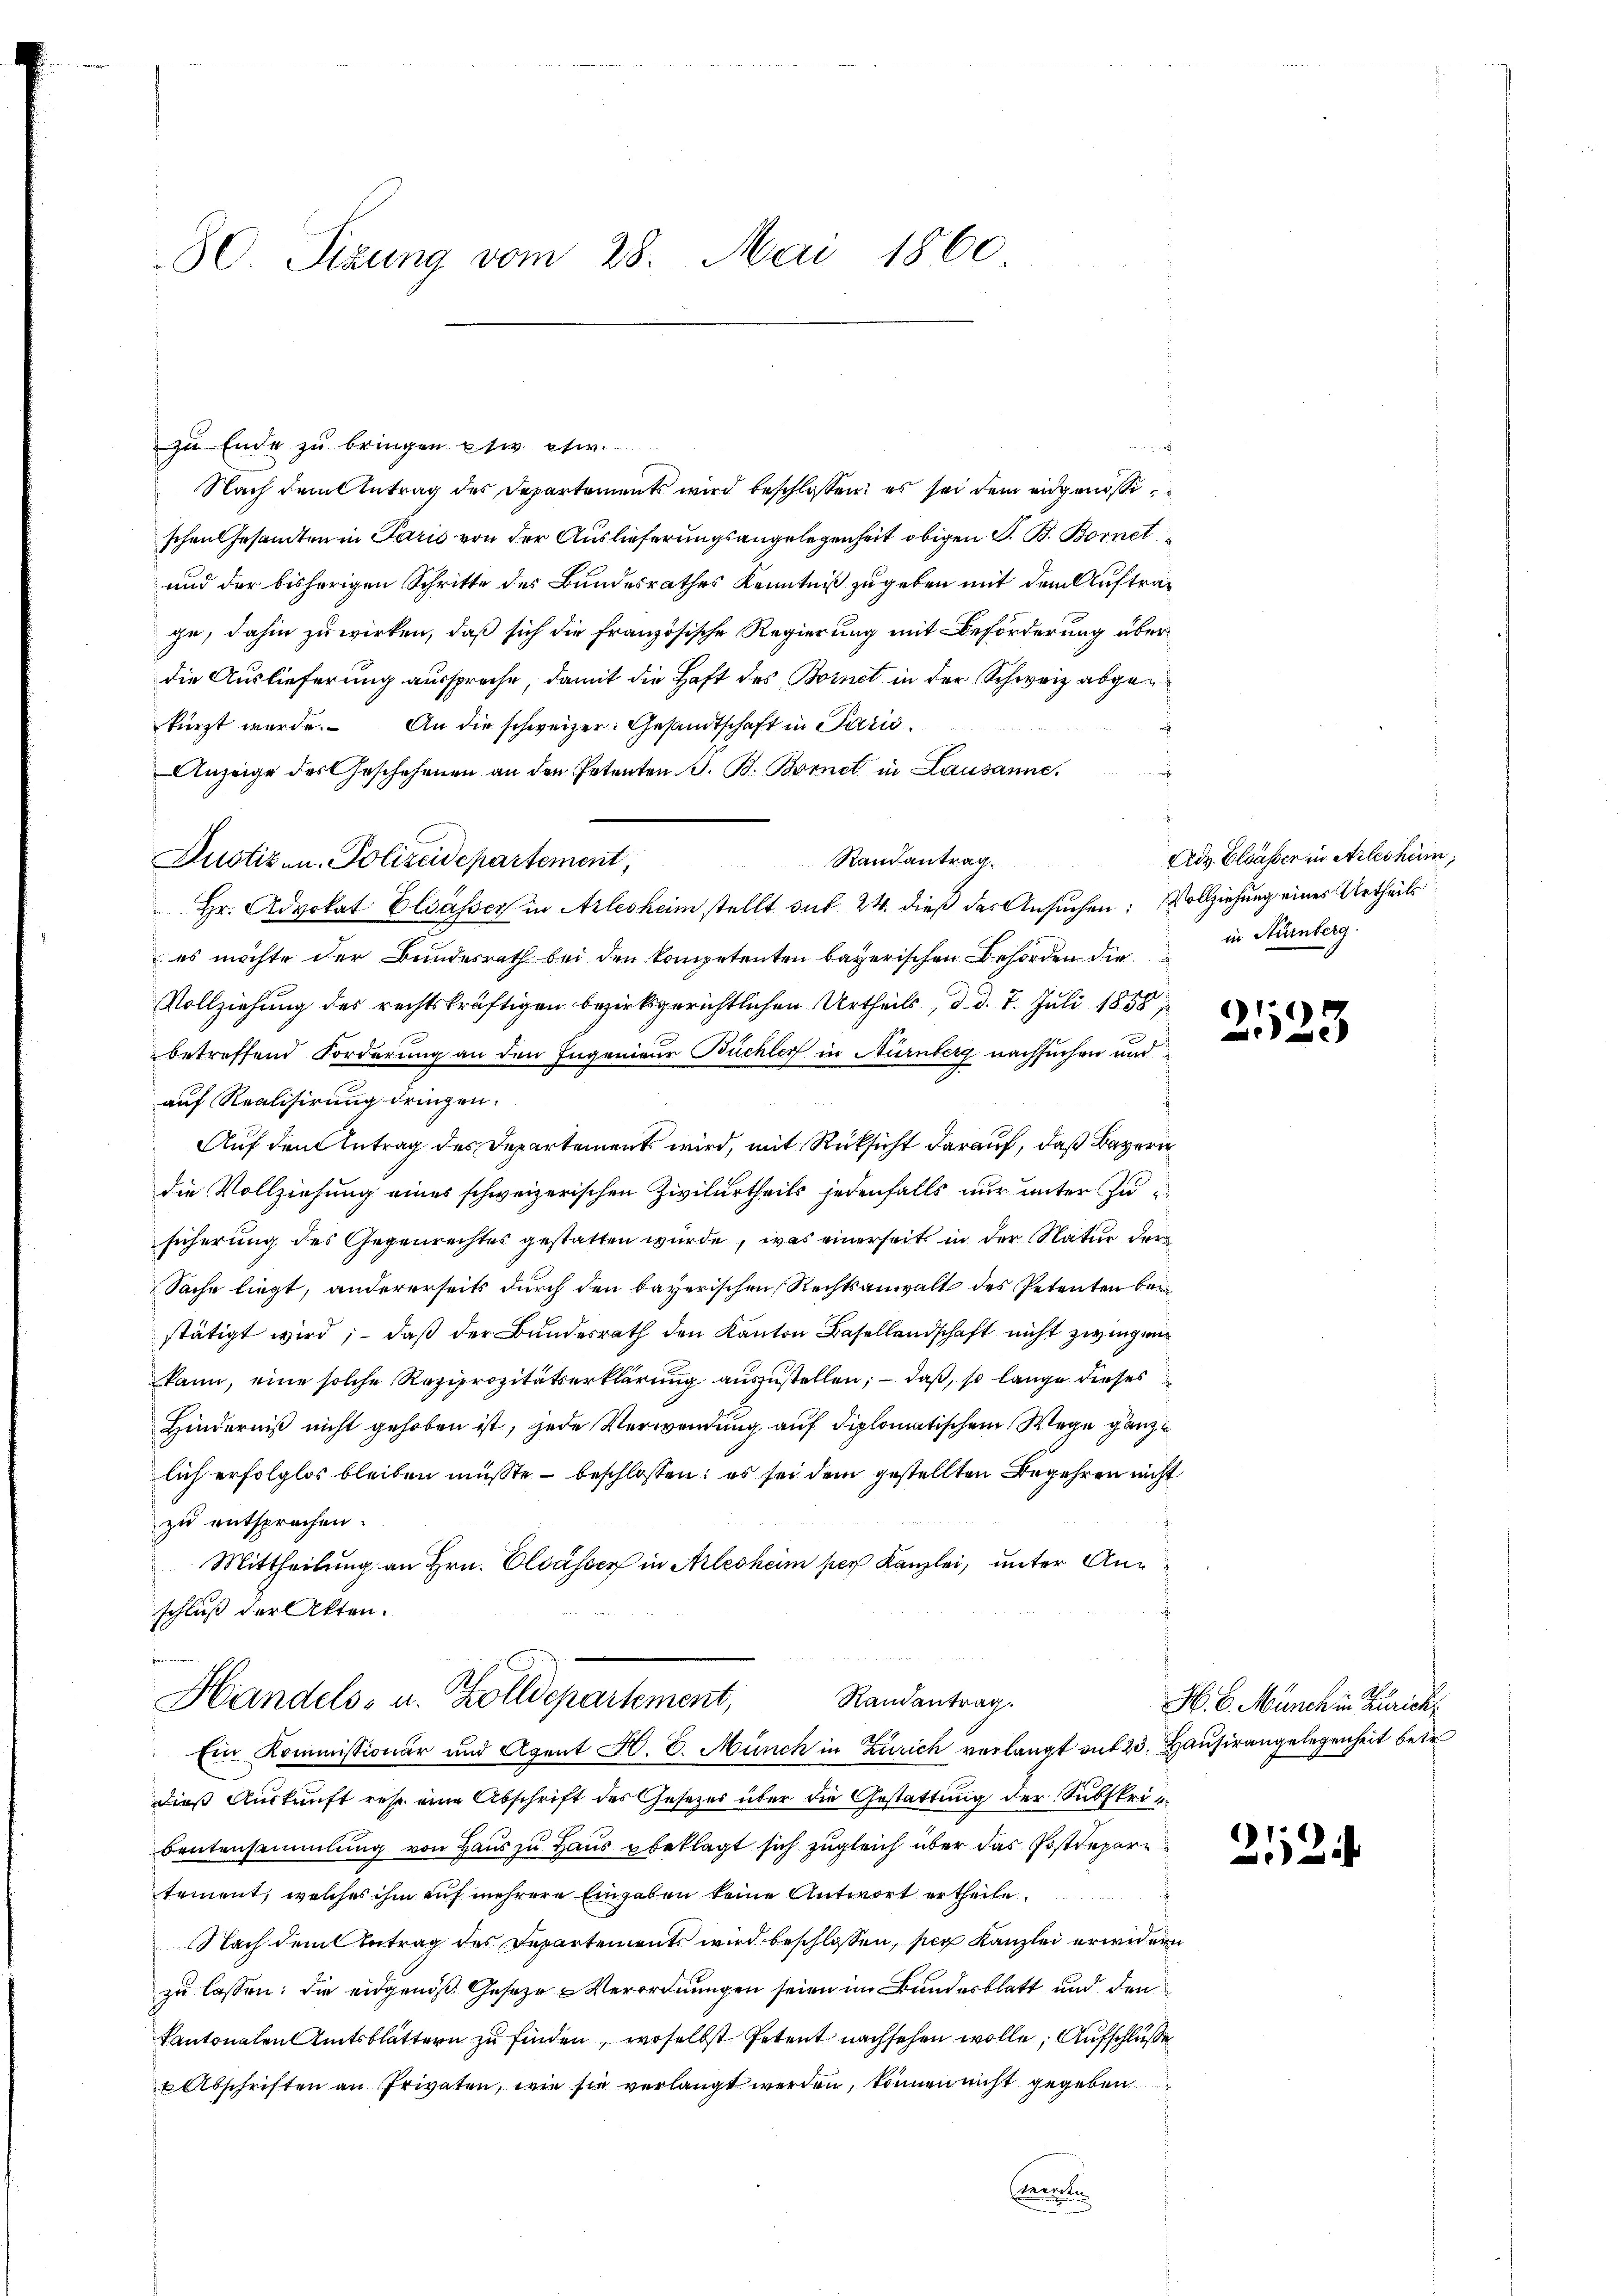
80. Sitzung vom 28. Mai 1860

zu Ende zu bringen etc. etw
Nach dem Antrag des Departements wird beschlossen: es sei dem eidgenosse
schen Gesamten in Paris von der Auslieferungsangelegenheit obigen S. B. Bornet
und der bisherigen Schritte des Bundesrathes Kenntniß zu geben mit dem Auftrage, dahin zu wirken, daß sich die französische Regierung mit Beförderung überdie Auslieferung ausspreche, damit die Haft des Bornet in der Schweiz abgekürzt werde. An die schweizer: Gesandtschaft in Parić
Anzeige des Geschehenen an den Petenten J. B. Bornet in Lausanne,
Hr. Advokat Elsässer in Arlesheim stellt sub 24. dieß der Ansuchen: Vollziehung eines Urtheils
es möchte der Bundesrath bei den kompetenten bayerischen Behörden die
Vollziehung des rechtskräftigen bezirksgerichtlichen Urtheils, d. d. 7. Juli 1858/
betreffend Forderung an den Ingenieur Büchler in Nürnberg nachsuchen und
auf Realisirung dringen.
Auf den Antrag des Departement wird, mit Rücksicht darauf, daß Bayern
die Vollziehung eines schweizerischen Zivilurtheils jedenfalls nur unter zu
sicherung des Gegenrechtes gestatten wurde, was einerseit in der Natur der
Sache liegt, andererseits durch den bayerischen Rechtsanwalt des Petenten beistätigt wird; – daß der Bundesrath den Kanton Basellandschaft nicht zwingen
kann, eine solche Reziprozitätserklärung auszustellen; – daß, so lange dieses
Hinderniß nicht gehoben ist, jede Verwendung auf diplomatischem Wege ganz
lich erfolglos bleiben müßte – beschlossen: es sei dem gestellten Begehren nicht
zu entsprochen.
Mittheilung an Hrn. Elsässer in Arlesheim per Kanzlei, unter Anschluß der Akten.
Handels- u. Zolldepartement,
Randantrag.
Ein Kommissionär und Agent H. E. Münch in Zürich verlangt mit 23. Hausirangelegenheit betr.
dieß Auskunft resp. eine Abschrift des Gesetzes über die Gestattung der Subskrip
Beutensammlung von Haus zu Haus beklagt sich zugleich über das Postdepar
tement, welches ihm auf mehrere Eingaben keine Antwort ertheile.
Nach dem Antrag des Departements wird beschlossen, sie Kanzlei erwidern
zu lassen; die eidgenöß Geseze Verordnungen seien im Bundesblatt und den
Kantonalen Amtsblättern zu finden, woselbst Petent nachsehen wolle, Aufschlüße
 Abschriften an Privaten, wie sie verlangt werden, können nicht gegeben
cemente

Justizen Polizeidepartement,

Randantrag. Adv. Elsässer in Arleshei
in Nürnberg.

1
23

H. E. Münch in Zürich,

212